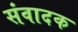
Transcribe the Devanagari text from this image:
संवादक